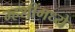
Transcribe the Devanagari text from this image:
म्हशींमध्ये